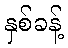
နှစ်ခန့်